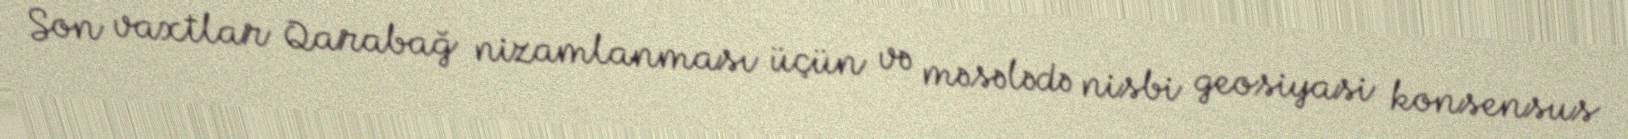
Son vaxtlar Qarabağ nizamlanması üçün və məsələdə nisbi geosiyasi konsensus